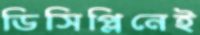
ডিসিপ্লিনেই